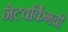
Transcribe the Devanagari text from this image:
नेटवर्किंगची